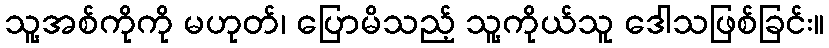
သူ့အစ်ကိုကို မဟုတ်၊ ပြောမိသည့် သူ့ကိုယ်သူ ဒေါသဖြစ်ခြင်း။